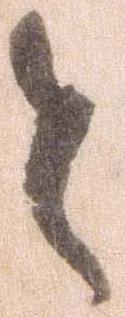
と